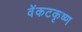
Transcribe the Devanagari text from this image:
वेंकटकृष्ण